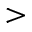
>